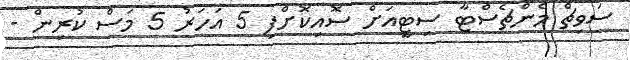
ސަވިޗް މެންޗެސްޓާ ސިޓީއަށް ސޮއިކޮށްފި 5 އަހަރު 5 މަސް ކުރިން -